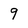
Character: 9